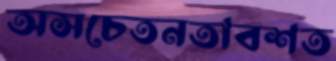
অসচেতনতাবশত